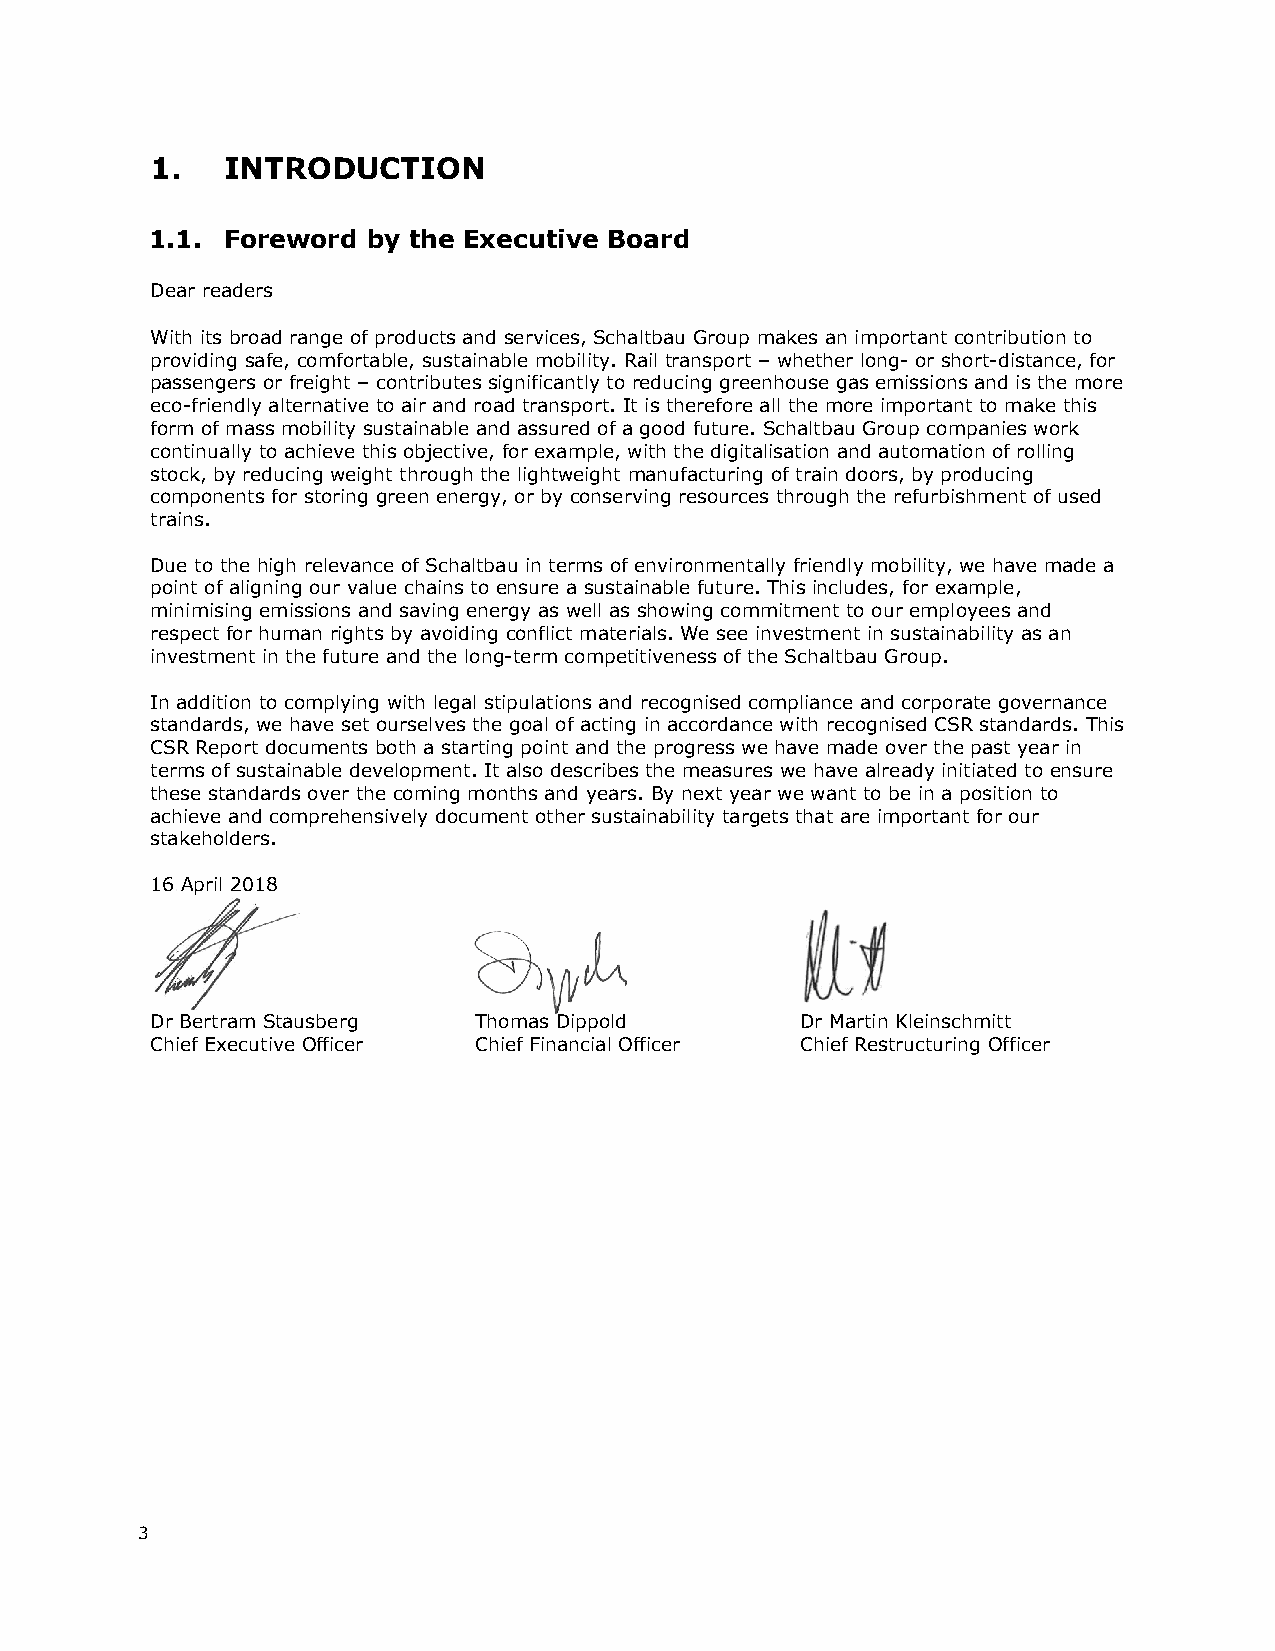
1.   INTRODUCTION
 1.1. Foreword by the Executive Board
 Dear readers
 With its broad range of products and services, Schaltbau Group makes an important contribution to
 providing safe, comfortable, sustainable mobility. Rail transport – whether long- or short-distance, for
 passengers or freight – contributes significantly to reducing greenhouse gas emissions and is the more
 eco-friendly alternative to air and road transport. It is therefore all the more important to make this
 form of mass mobility sustainable and assured of a good future. Schaltbau Group companies work
 continually to achieve this objective, for example, with the digitalisation and automation of rolling
 stock, by reducing weight through the lightweight manufacturing of train doors, by producing
 components for storing green energy, or by conserving resources through the refurbishment of used
 trains.
 Due to the high relevance of Schaltbau in terms of environmentally friendly mobility, we have made a
 point of aligning our value chains to ensure a sustainable future. This includes, for example,
 minimising emissions and saving energy as well as showing commitment to our employees and
 respect for human rights by avoiding conflict materials. We see investment in sustainability as an
 investment in the future and the long-term competitiveness of the Schaltbau Group.
 In addition to complying with legal stipulations and recognised compliance and corporate governance
 standards, we have set ourselves the goal of acting in accordance with recognised CSR standards. This
 CSR Report documents both a starting point and the progress we have made over the past year in
 terms of sustainable development. It also describes the measures we have already initiated to ensure
 these standards over the coming months and years. By next year we want to be in a position to
 achieve and comprehensively document other sustainability targets that are important for our
 stakeholders.
 16 April 2018
 Dr Bertram Stausberg Thomas Dippold        Dr Martin Kleinschmitt
 Chief Executive Officer Chief Financial Officer Chief Restructuring Officer
 3